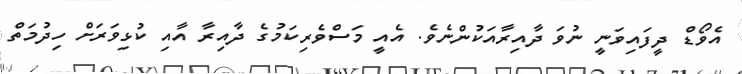
އެވޯޑް ދީފައިވަނީ ނުވަ ދާއިރާއަކުންނެވެ. އެއީ މަސްވެރިކަމުގެ ދާއިރާ އާއި ކުޅިވަރަށް ހިދުމަތް